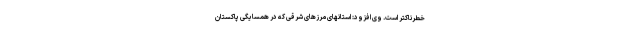
خطرناکتر است. وی افزود: استانهای مرزهای شرقی که در همسایگی پاکستان